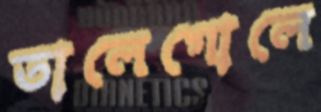
তালেগোলে